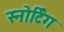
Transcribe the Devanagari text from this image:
स्नोर्टिंग